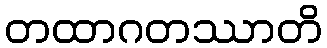
တထာဂတဿာတိ